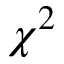
\chi ^ { 2 }